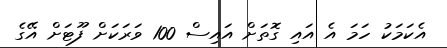
އެކަމަކު ހަމަ އެ އައި ގޮތަށް އައިސް 100 ވަރަކަށް ފޫޓަށް އޭގެ